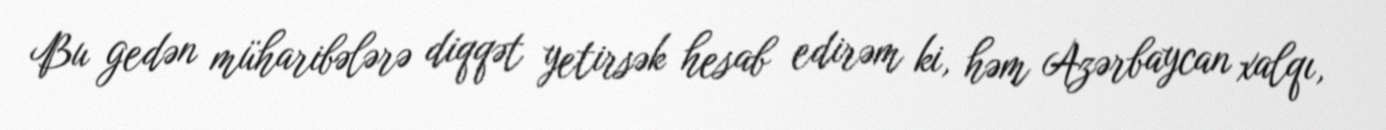
Bu gedən müharibələrə diqqət yetirsək hesab edirəm ki, həm Azərbaycan xalqı,